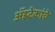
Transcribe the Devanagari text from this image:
अॅझ्टेकांचे